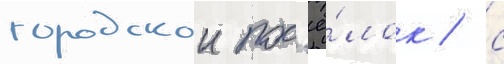
городскои пос'ё́лок / с